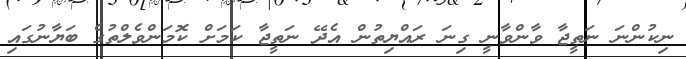
ނިކުންނަ ނަތީޖާ ވާންވާނީ ގިނަ ރައްޔިތުން އެދޭ ނަތީޖާ ކަމަށް ކޮމަންވެލްތުގެ ބަޔާނުގައި